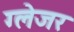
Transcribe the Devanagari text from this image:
ग्लेजर